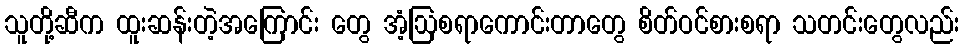
သူတို့ဆီက ထူးဆန်းတဲ့အကြောင်း တွေ အံ့ဩစရာကောင်းတာတွေ စိတ်ဝင်စားစရာ သတင်းတွေလည်း